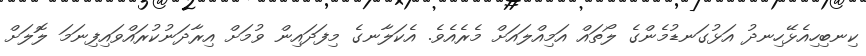
ކިނބިހިއެޅޭހިނދު އަޅުގަނޑުމެންގެ ލޯތައް އަމިއްލައަށް މެރެއެވެ. އެކަލާނގެ މިފަދައިން ވުމަށް އިރާދަނުކުރައްވައިފިނަމަ ލޮލަށް